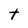
Character: t